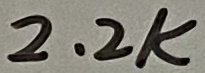
Text: 2.2K